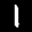
Label: 1